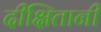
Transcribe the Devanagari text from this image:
दीक्षितानी